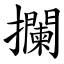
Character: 攔